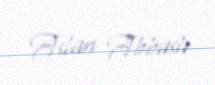
Aslan Abbaslı